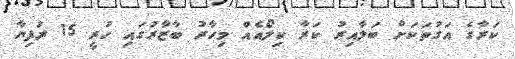
ކަރާގެ އަގުތަކަށް ބަލާއިރު ކަރާ ކިލޯއެއް މިހާރު ބާޒާރުގައި ހުރީ 15 ރުފިޔާ